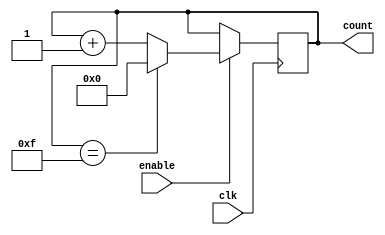
module binary_up_counter_with_enable (
    input wire clk,
    input wire enable,
    output reg [3:0] count
);

always @(posedge clk) begin
    if(enable) begin
        if(count == 4'b1111) begin
            count <= 4'b0000;
        end else begin
            count <= count + 1;
        end
    end
end

endmodule